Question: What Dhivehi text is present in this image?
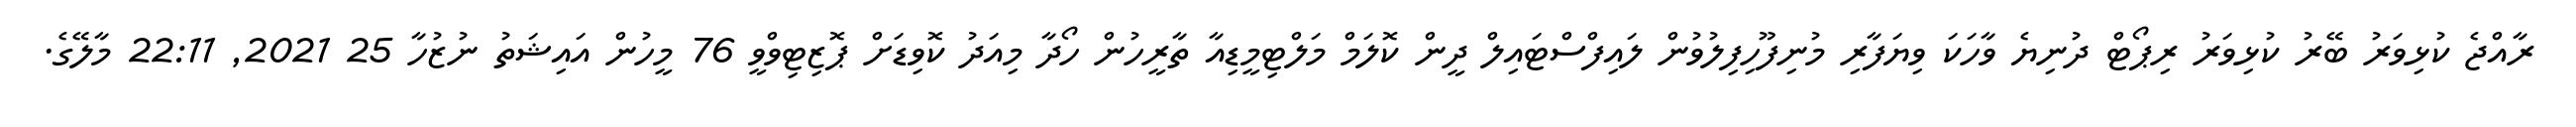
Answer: ރާއްޖެ ކުޅިވަރު ބޭރު ކުޅިވަރު ރިޕޯޓް ދުނިޔެ ވާހަކަ ވިޔަފާރި މުނިފޫހިފިލުވުން ލައިފްސްޓައިލް ދީން ކޮލަމް މަލްޓިމީޑިއާ ތާރީހުން ހޯދާ މިއަދު ކޮވިޑަށް ޕޮޒިޓިވްވީ 76 މީހުން އައިޝަތު ނުޒުހާ 25 2021, 22:11 މާލޭގެ.